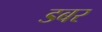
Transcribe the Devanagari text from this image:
डबर